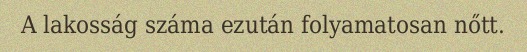
A lakosság száma ezután folyamatosan nőtt.